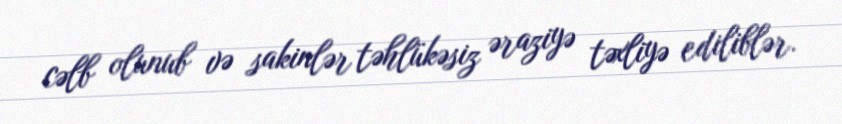
cəlb olunub və sakinlər təhlükəsiz əraziyə təxliyə ediliblər.